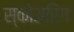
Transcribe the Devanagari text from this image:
स्कोअरिंग